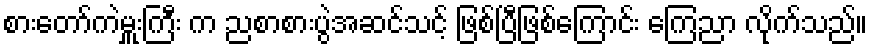
စားတော်ကဲမှူးကြီး က ညစာစားပွဲအဆင်သင့် ဖြစ်ပြီဖြစ်ကြောင်း ကြေညာ လိုက်သည်။